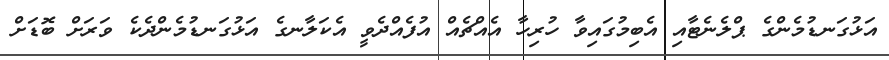
އަޅުގަނޑުމެންގެ ޕްލެނެޓާއި އެބިމުގައިވާ ހުރިހާ އެއްޗެއް އުފެއްދެވީ އެކަލާނގެ އަޅުގަނޑުމެންދެކެ ވަރަށް ބޮޑަށް